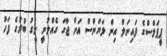
ޕީޕަލްސްގެ ފައިނަލް އިން ލަޔަންސް އަށް ޖާގަ ގެއްލުނީ ލީގު ބުރުގެ ފަހު